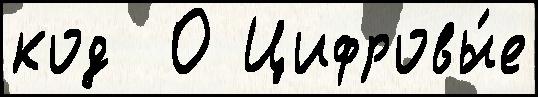
код  0 Цифровы́е